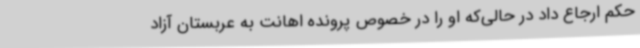
حکم ارجاع داد در حالی‌که او را در خصوص پرونده اهانت به عربستان آزاد